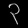
Digit: ၃